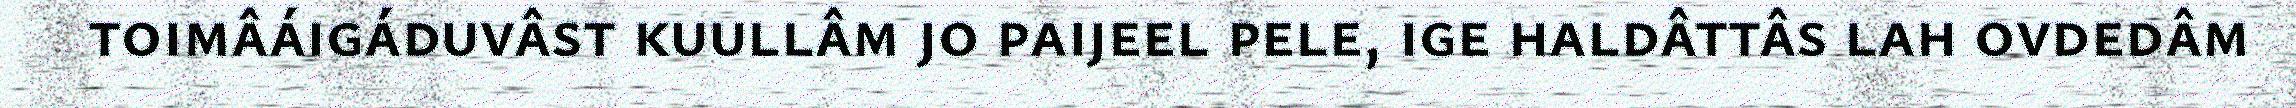
toimâáigáduvâst kuullâm jo paijeel pele, ige haldâttâs lah ovdedâm